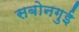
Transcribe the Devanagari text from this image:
सबोनगुई